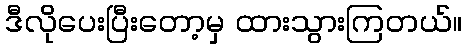
ဒီလိုပေးပြီးတော့မှ ထားသွားကြတယ်။